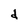
Character: d